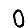
Digit: 0